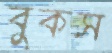
বুকস